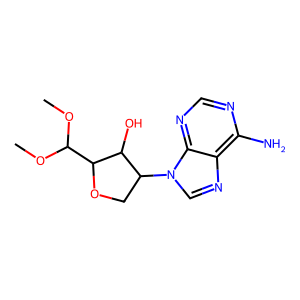
SMILES: COC(OC)C1OCC(n2cnc3c(N)ncnc32)C1O
Inhibits HIV replication: No